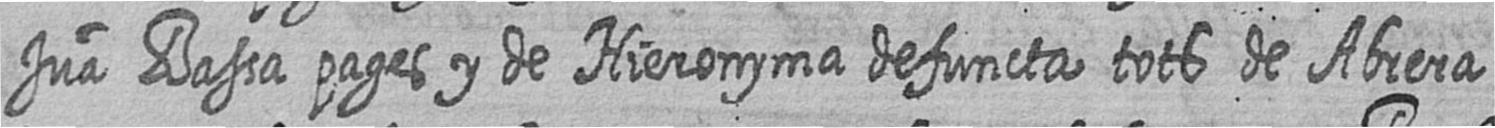
Jua Bassa pages y de Hieronyma defuncta tots de Abrera